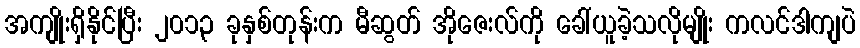
အကျိုးရှိနိုင်ပြီး ၂၀၁၃ ခုနှစ်တုန်းက မီဆွတ် အိုဇေးလ်ကို ခေါ်ယူခဲ့သလိုမျိုး ကလင်ဒါကျပဲ